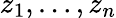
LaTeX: z_{1},\dots,z_{n}